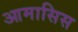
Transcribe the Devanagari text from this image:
आमासिस